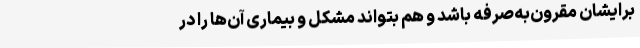
برایشان مقرون‌به‌صرفه باشد و هم بتواند مشکل و بیماری آن‌ها را در